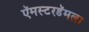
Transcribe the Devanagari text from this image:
ऍमस्टरडॅमला